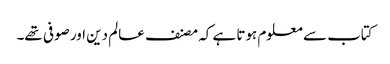
کتاب سے معلوم ہوتا ہے کہ مصنف عالم دین اور صوفی تھے۔